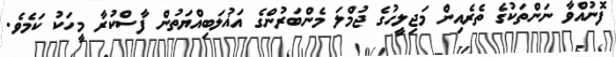
ފޮނުއްވާ ނަންތަކުގެ ތެރެއިން މަޖިލީހުގެ ޖުމްލަ މެންބަރުންގެ އަޣުލަބިއްޔަތުން ފާސްކުރާ މީހަކު ކަމެވެ.